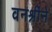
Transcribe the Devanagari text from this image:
वनश्रींने